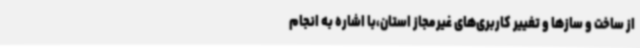
از ساخت و سازها و تغییر کاربری‌های غیرمجاز استان،با اشاره به انجام